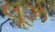
લૂઝ